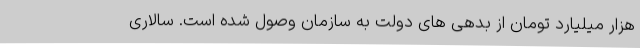
هزار میلیارد تومان از بدهی های دولت به سازمان وصول شده است. سالاری